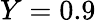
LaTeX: Y=0.9